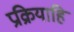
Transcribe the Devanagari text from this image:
प्रक्रियाहि